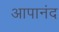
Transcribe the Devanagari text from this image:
आपानंद